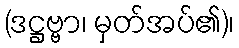
(ဒဋ္ဌဗ္ဗာ၊ မှတ်အပ်၏)၊